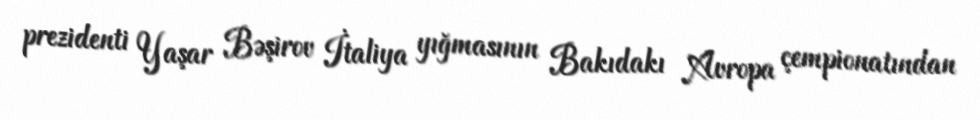
prezidenti Yaşar Bəşirov İtaliya yığmasının Bakıdakı Avropa çempionatından